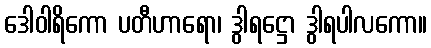
ဒေါဝါရိကော ပတီဟာရော၊ ဒွါရဋ္ဌော ဒွါရပါလကော။